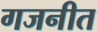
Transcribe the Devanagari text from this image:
गजनीत